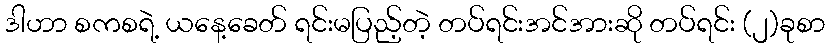
ဒါဟာ စကစရဲ့ ယနေ့ခေတ် ရင်းမပြည့်တဲ့ တပ်ရင်းအင်အားဆို တပ်ရင်း (၂)ခုစာ